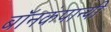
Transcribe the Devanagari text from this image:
बॉनकंपान्यी